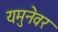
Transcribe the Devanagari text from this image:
यमुनेवर